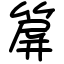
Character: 箳